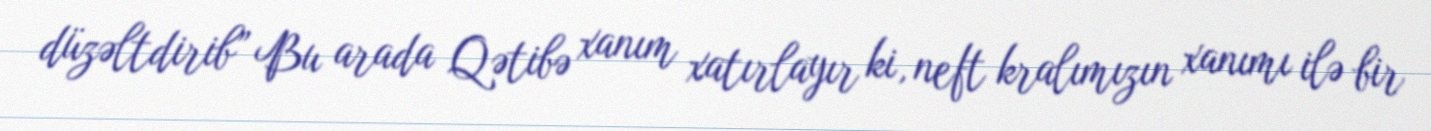
düzəltdirib” Bu arada Qətibə xanım xatırlayır ki, neft kralımızın xanımı ilə bir